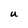
Character: u